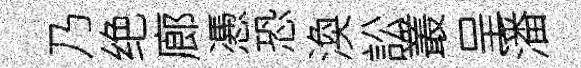
乃绝廊慿恐渙訟叢呈潘